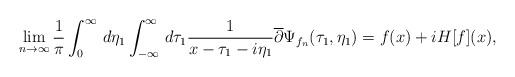
LaTeX: \begin{align*}\lim_{n\to\infty}\frac{1}{\pi}\int_{0}^{\infty}\,d\eta_1\int_{-\infty}^{\infty}\,d\tau_1 \frac{1}{x-\tau_1-i\eta_1}\overline{\partial}\Psi_{f_n}(\tau_1,\eta_1) = f(x)+iH[f](x),\end{align*}